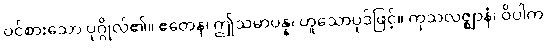
ဝင်စားသော ပုဂ္ဂိုလ်၏။ ဧတေန၊ ဤသမာပန္န၊ ဟူသောပုဒ်ဖြင့်။ ကုသလဇ္ဈာနံ၊ ဝိပါက